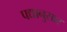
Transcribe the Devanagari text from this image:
पद्यानुसार